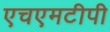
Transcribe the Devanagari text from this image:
एचएमटीपी